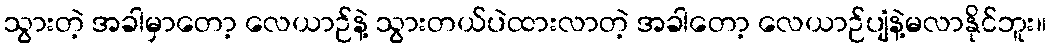
သွားတဲ့ အခါမှာတော့ လေယာဉ်နဲ့ သွားတယ်ပဲထားလာတဲ့ အခါတော့ လေယာဉ်ပျံနဲ့မလာနိုင်ဘူး။